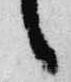
言